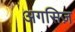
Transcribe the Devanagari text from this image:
अगसिज़